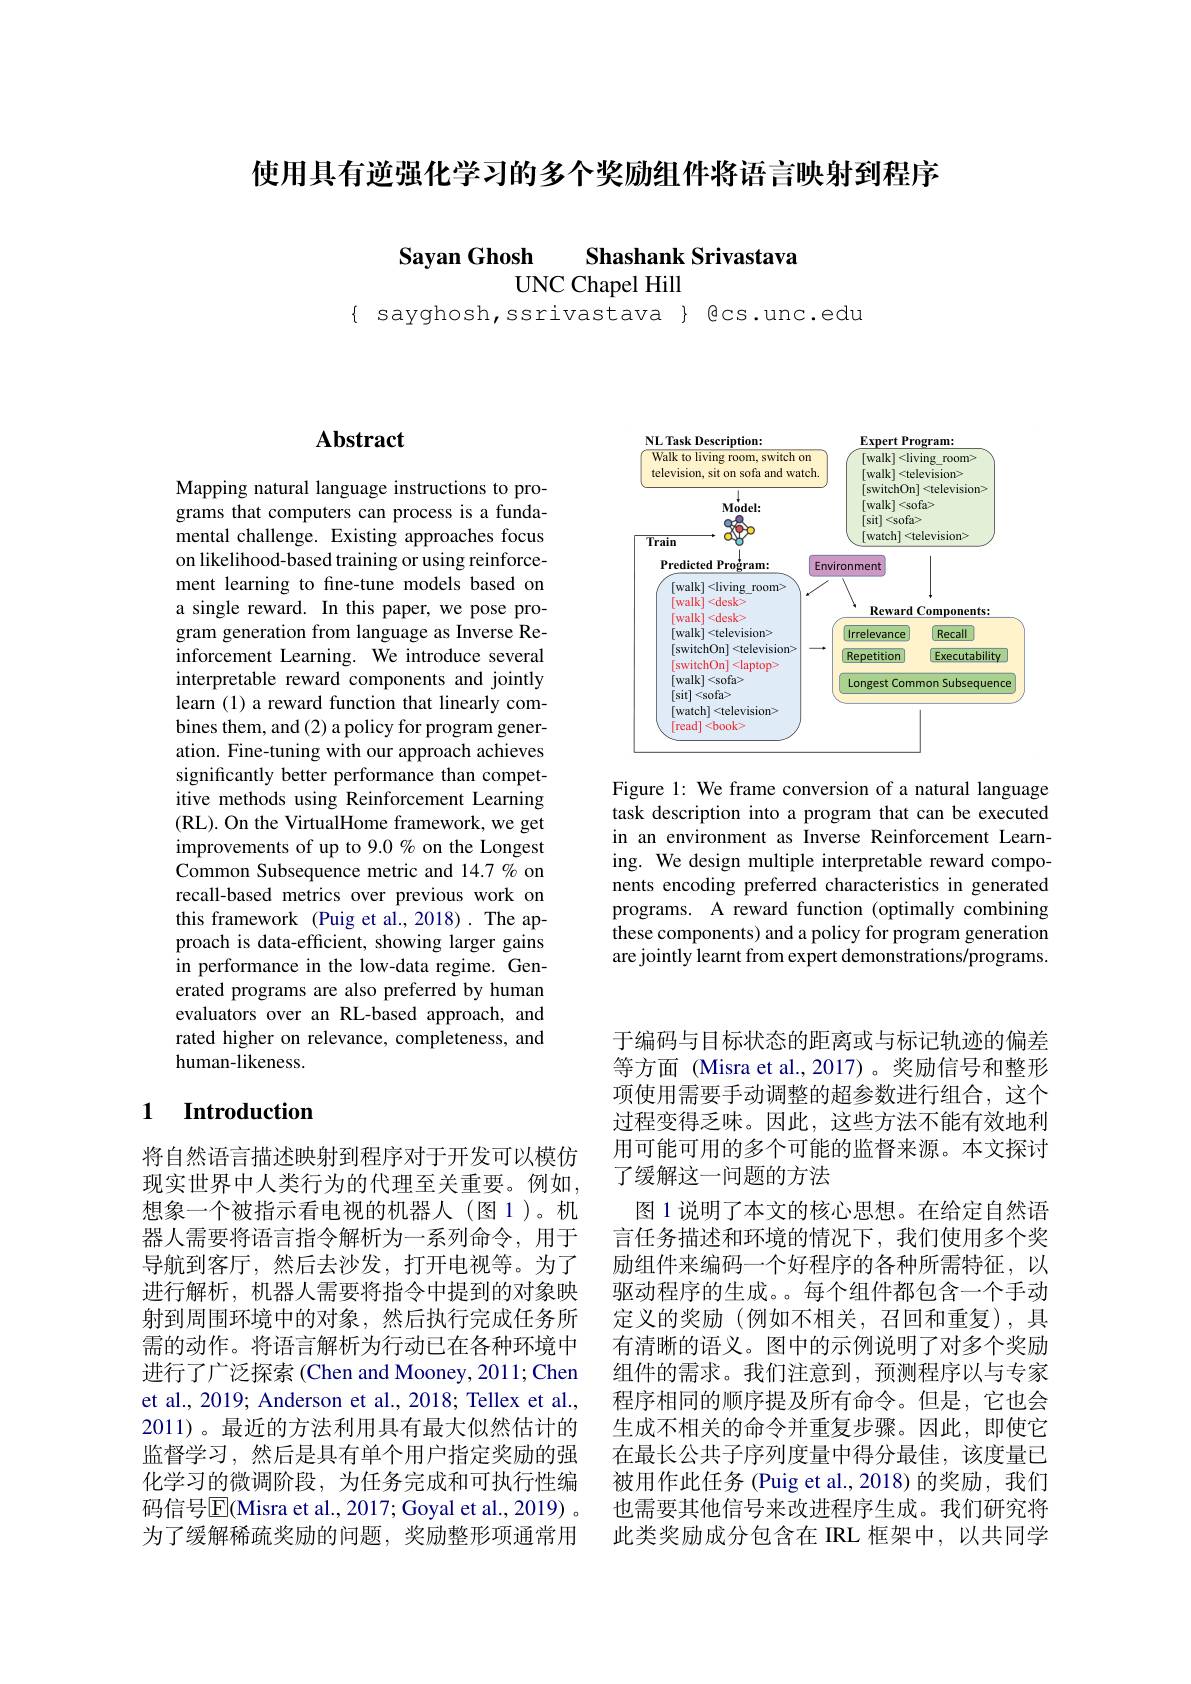
使用具有逆强化学习的多个奖励组件将语言映射到程序

Sayan Ghosh Shashank Srivastava

UNC Chapel Hill

$\{$ sayghosh, ssrivastava $\}$ @cs.unc.edu

## Abstract

Mapping natural language instructions to programs that computers can process is a fundamental challenge. Existing approaches focus on likelihood-based training or using reinforcement learning to fine-tune models based on a single reward. In this paper, we pose program generation from language as Inverse Reinforcement Learning. We introduce several interpretable reward components and jointly learn (1) a reward function that linearly combines them, and (2) a policy for program generation. Fine-tuning with our approach achieves significantly better performance than competitive methods using Reinforcement Learning (RL). On the VirtualHome framework, we get improvements of up to 9.0% on the Longest Common Subsequence metric and 14.7 % on recall-based metrics over previous work on this framework (Puig et al., 2018). The approach is data-efficient, showing larger gains in performance in the low-data regime. Generated programs are also preferred by human evaluators over an RL-based approach, and rated higher on relevance, completeness, and human-likeness.

### 1 $\textbf{Introduction}$

将自然语言描述映射到程序对于开发可以模仿现实世界中人类行为的代理至关重要。例如， 想象一个被指示看电视的机器人(图1)。机器人需要将语言指令解析为一系列命令，用于导航到客厅，然后去沙发，打开电视等。为了进行解析，机器人需要将指令中提到的对象映射到周围环境中的对象，然后执行完成任务所需的动作。将语言解析为行动已在各种环境中进行了广泛探索(Chen and Mooney, 2011; Chen et al., 2019; Anderson et al., 2018; Tellex et al., 2011)。最近的方法利用具有最大似然估计的监督学习，然后是具有单个用户指定奖励的强化学习的微调阶段，为任务完成和可执行性编码信号$\overline{\mathrm{E}}($Misra et al., 2017; Goyal et al., 2019) 。为了缓解稀疏奖励的问题，奖励整形项通常用

<FigureHere>

Figure 1: We frame conversion of a natural language task description into a program that can be executed in an environment as Inverse Reinforcement Learning. We design multiple interpretable reward components encoding preferred characteristics in generated programs. A reward function (optimally combining these components) and a policy for program generation are jointly learnt from expert demonstrations/programs.

于编码与目标状态的距离或与标记轨迹的偏差等方面 (Misra et al.,2017)。奖励信号和整形项使用需要手动调整的超参数进行组合，这个过程变得乏味。因此，这些方法不能有效地利用可能可用的多个可能的监督来源。本文探讨了缓解这一问题的方法
图 1 说明了本文的核心思想。在给定自然语言任务描述和环境的情况下，我们使用多个奖励组件来编码一个好程序的各种所需特征，以驱动程序的生成。每个组件都包含一个手动定义的奖励(例如不相关，召回和重复),具有清晰的语义。图中的示例说明了对多个奖励组件的需求。我们注意到，预测程序以与专家程序相同的顺序提及所有命令。但是，它也会生成不相关的命令并重复步骤。因此，即使它在最长公共子序列度量中得分最佳，该度量已被用作此任务 (Puig et al.,2018)的奖励，我们也需要其他信号来改进程序生成。我们研究将此类奖励成分包含在 IRL 框架中，以共同学